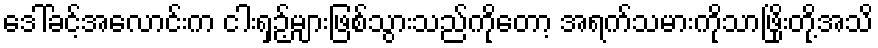
ဒေါ်ခင့်အလောင်းက ငါးရှဉ့်များဖြစ်သွားသည်ကိုတော့ အရက်သမားကိုသာဖြိုးတို့အသိ